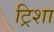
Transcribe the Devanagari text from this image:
ट्रिशा